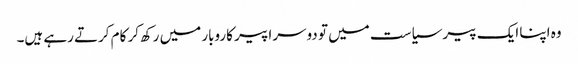
وہ اپنا ایک پیر سیاست میں تو دوسرا پیر کاروبار میں رکھ‌کر کام کرتے رہے ہیں۔